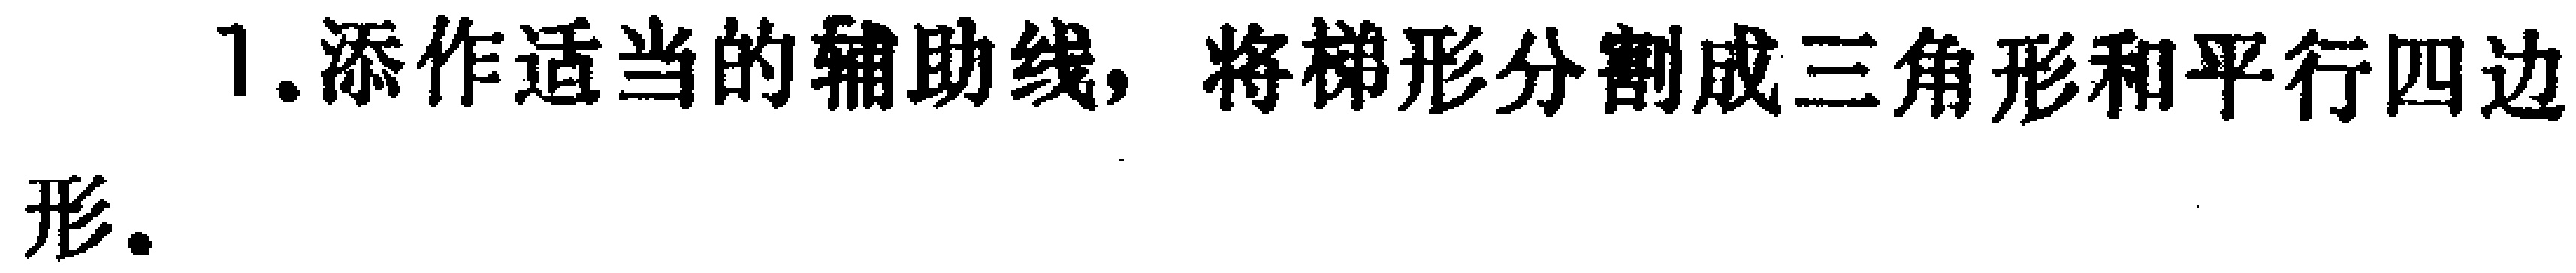
1. 添作适当的辅助线，将梯形分割成三角形和平行四边形。